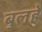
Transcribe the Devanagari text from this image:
बुलहे